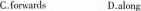
C.forwards D.along